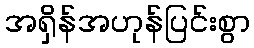
အရှိန်အဟုန်ပြင်းစွာ